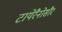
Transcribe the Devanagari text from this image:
टायेरैनोसौर